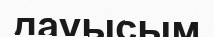
дауысым